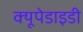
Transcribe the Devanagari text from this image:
क्यूपेडाइडी